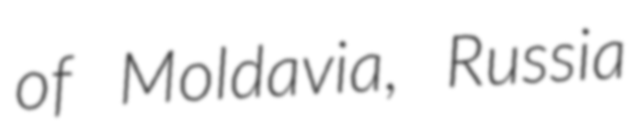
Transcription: of Moldavia, Russia